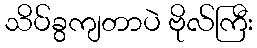
သိပ်ခွကျတာပဲ ဗိုလ်ကြီး